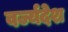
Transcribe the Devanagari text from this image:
वर्ज्यदेश